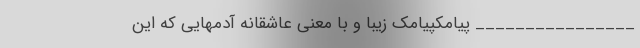
________________ پیامکپیامک زیبا و با معنی عاشقانه آدمهایی که این